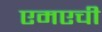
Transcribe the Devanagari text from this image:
एमएची